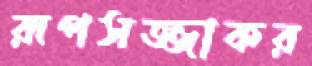
রূপসজ্জাকর